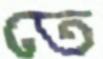
তে